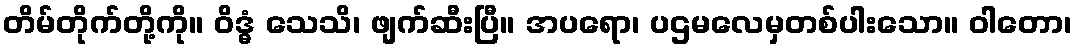
တိမ်တိုက်တို့ကို။ ဝိဒ္ဓံ သေသိ၊ ဖျက်ဆီးပြီ။ အပရော၊ ပဌမလေမှတစ်ပါးသော။ ဝါတော၊